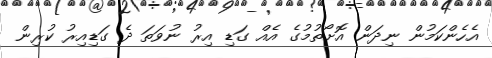
އެހެންކަމުން ނިދަން އޮށޯތުމުގެ އެއް ގަޑި އިރު ނުވަތަ ދެ ގަޑިއިރު ކުރިން